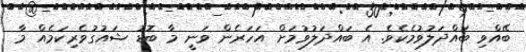
ބޭއްވި ބައްދަލުވުމެކެވެ. އެ ބައްދަލުވުމަށް އަހަރެން ވަނީ މާ ބޮޑު ޝައުގުވެރިކަމެއް މާ